Annual administration and progress report of the Indian Medical Department, Bombay
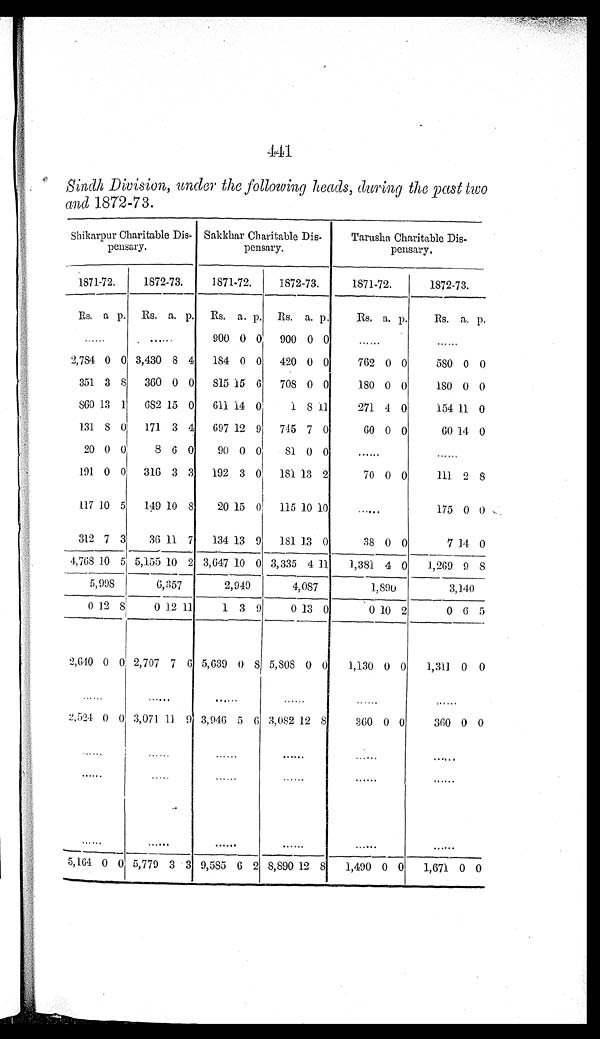
441
Sindh Division, under the following heads, during the past two
and 1872-73.
Shikarpur Charitable Dis
-pensary.
Sakkhar Charitable Dis
-pensary.
Tarusha Charitable Dis
-pessary.
1871-72.
1872-73.
1871-72.
1872-73.
1871-72.
1872-73.
Rs. a p. Rs. a. p. Rs. a. p. Rs. a. p.
Rs. a. p.
Rs. a. p .
. . .
. . .
900 0 0
900 0 0
. . .
. . .
2,784 0 0 3,430 8 4
184 0 0
420 0 0
762 0 0
580 0 0
351 3 8
360 0 0
815 15 6
708 0 0
180 0 0
180 0 0
860 13 1
682 15 0
611 14 0
1 8 11
271 4 0
154 11 0
131
8 0
171 3 4
697 12 9
745 7 0
60 0 0
60 14 0
20 0 0
8 6 0
90 0 0
8 1 0 0
. . .
. . .
191 0 0
316 3 3
192 3 0
181 13
2
70 0 0
111 2 8
117 10 5
149 10
8
20 15 0
115 10 10
. . .
175 0 0
312 7 3
36 11
7
134 13 9
181 13 0
38 0 0
7 14 0
4,768
1 0 5 5,155 10 2 3,647 10 0 3,335 4 11
1,381 4 0
1,269 9
8
5,998
6,357
2,949
4,087
1,890
3,140
0 12
8
0 12 11
1 3 9
0 13 0
0 10 2
0 6 5
2,640 0 0 2,707 7 6 5,639 0
8 5,808 0 0
1,130 0 0
1,311 0 0
. . .
. . .
. . .
. . .
. . .
. . .
2,524 0 0 3,071 11
9 3,946 5
6 3,082 12 8
360 0 0
360 0 0
. . .
. . .
. . .
. . .
. . .
. . .
. . .
. . .
. . .
. . .
. . .
. . .
. . .
. . .
. . .
. . .
. . .
. . .
5,164 0 0 5,779 3 3 9,585 6 2 8,890 12 8
1,490 0 0
1,671 0 0